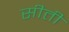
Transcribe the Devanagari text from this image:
सीती